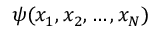
\psi ( x _ { 1 } , x _ { 2 } , \dots , x _ { N } )